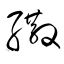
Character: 繖